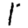
Digit: 1